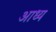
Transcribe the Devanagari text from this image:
आध्य